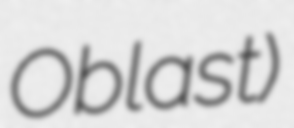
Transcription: Oblast)